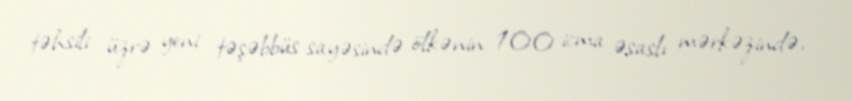
təhsili üzrə yeni təşəbbüs sayəsində ölkənin 100 icma əsaslı mərkəzində,